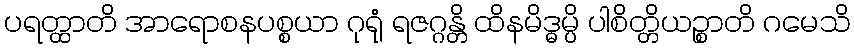
ပရတ္ထာတိ အာရောစနပစ္စယာ ဂုရုံ ရဇဂ္ဂန္တိ ထိနမိဒ္ဓမ္ပိ ပါစိတ္တိယဉ္စာတိ ဂမေသိ